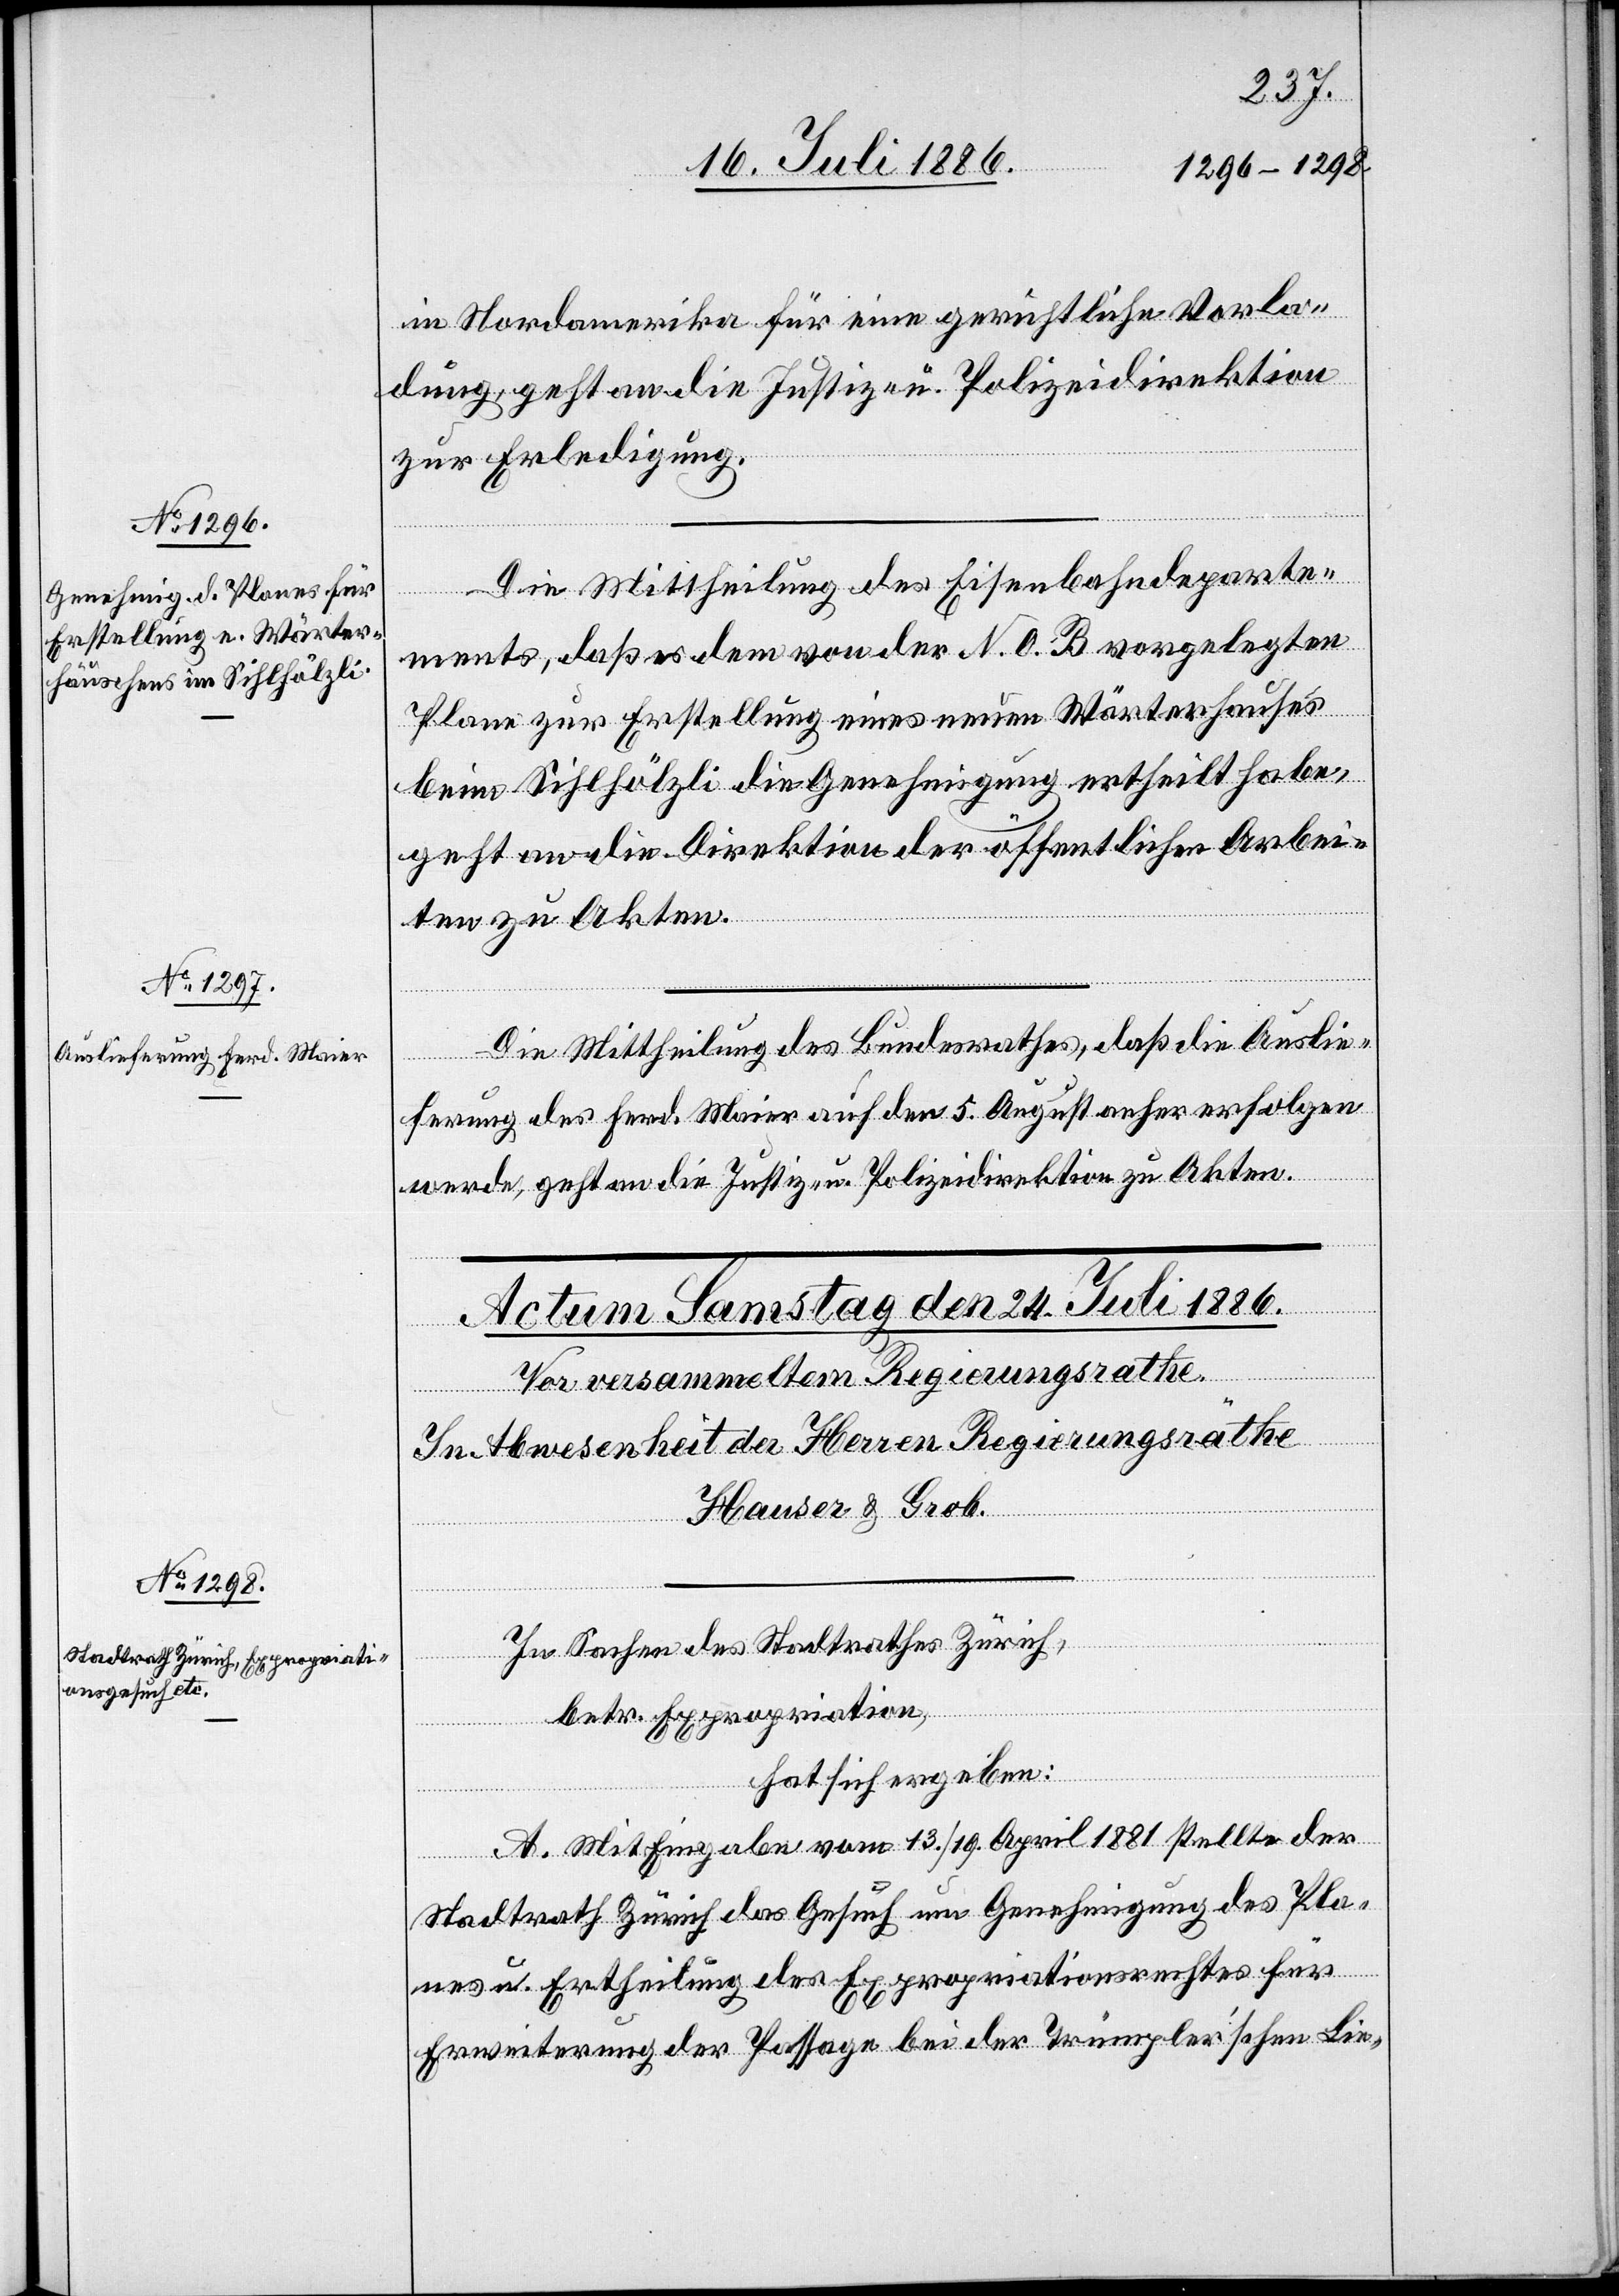
22. Juli 1886.]
in Nordamerika für eine gerichtliche Vorla¬
dung geht an die Justiz- u. Polizeidirektion
zur Erledigung.
Die Mittheilung des Eisenbahndeparte¬
ments, daß es dem von der N. O. B. vorgelegten
Plane zur Erstellung eines neuen Wärterhauses
beim Sihlhölzli die Genehmigung ertheilt habe,
ten zu Akten.
Die Mittheilung des Bundesrathes, daß die Auslie¬
ferung des Ferd. Maier auf den 5. August anher erfolgen
werde, geht an die Justiz- u. Polizeidirektion zu Akten.
tion der
In Sachen des Stadtrathes Zürich,
en.
betr. Expropriation,
hat sich ergeben:
A. Mit Eingabe vom 13./19. April 1881 stellte der
Stadtrath Zürich das Gesuch um Genehmigung des Pla¬
nes u. Ertheilung des Expropriationsrechtes für
Erweiterung der Passage bei der Trümpler’schen Lie-